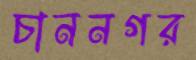
চাননগর